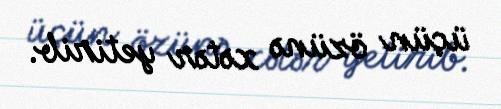
üçün özünə xətər yetirib.